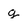
Character: g